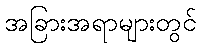
အခြားအရာများတွင်